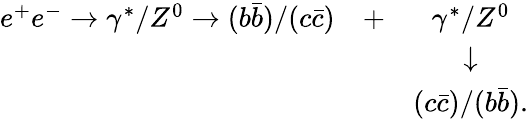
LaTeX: \begin{array}{lcc}{{e^{+}e^{-}\rightarrow\gamma^{*}/Z^{0}\rightarrow(b\bar{b})/(c\bar{c})}}&{{+}}&{{\gamma^{*}/Z^{0}}}\\ {{}}&{{}}&{{\downarrow}}\\ {{}}&{{}}&{{(c\bar{c})/(b\bar{b}).}}\end{array}